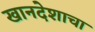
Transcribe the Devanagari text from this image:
खानदेशाचा